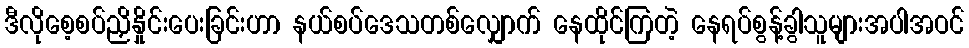
ဒီလိုစေ့စပ်ညှိနှိုင်းပေးခြင်းဟာ နယ်စပ်ဒေသတစ်လျှောက် နေထိုင်ကြတဲ့ နေရပ်စွန့်ခွါသူများအပါအဝင်